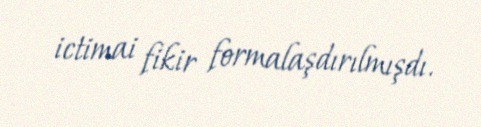
ictimai fikir formalaşdırılmışdı.